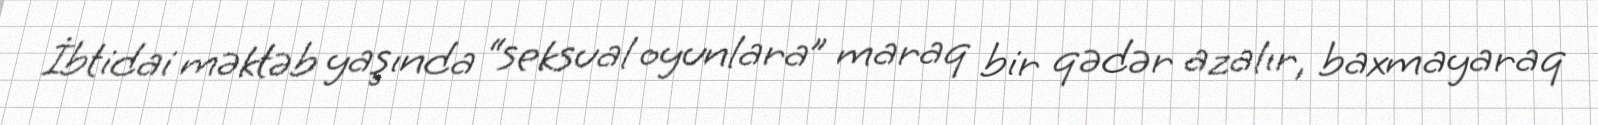
İbtidai məktəb yaşında “seksual oyunlara” maraq bir qədər azalır, baxmayaraq